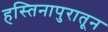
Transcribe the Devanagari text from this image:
हस्तिनापुरातून